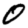
Digit: 0